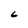
Character: 6